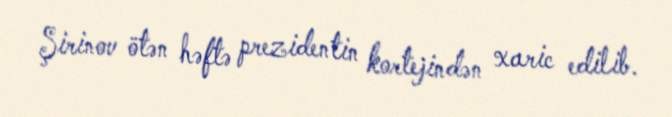
Şirinov ötən həftə prezidentin kortejindən xaric edilib.